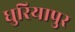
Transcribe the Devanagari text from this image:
धुरियापुर